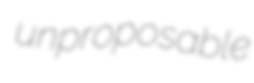
unproposable